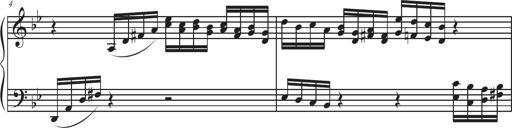
Title: Sonatina Espania
Composer: Jerald Franklin Archer
Key: Various